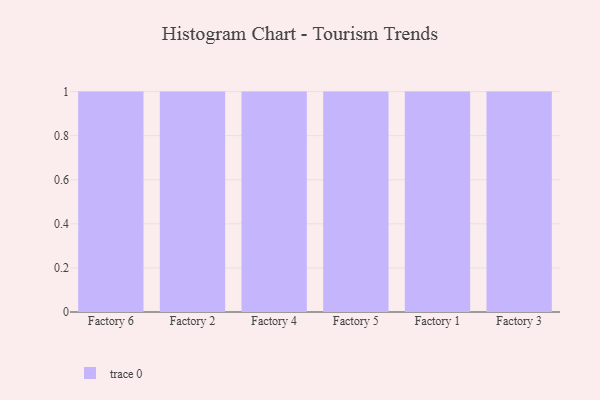
{"axis": {"x": "Factory", "y": "Website Visitors"}, "legend": [""], "data": [{"x": "Factory 6", "y": 59, "type": ""}, {"x": "Factory 2", "y": 54, "type": ""}, {"x": "Factory 4", "y": 49, "type": ""}, {"x": "Factory 5", "y": 25, "type": ""}, {"x": "Factory 1", "y": 50, "type": ""}, {"x": "Factory 3", "y": 80, "type": ""}]}